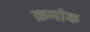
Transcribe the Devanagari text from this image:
क्रमा॓क